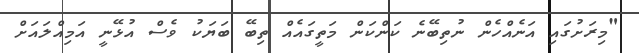
"މިރަށުގައި އަނެއްހެން ނުތިބޭނެ ކަންކަން މަތީގައެއް ތިބޭ ބަޔަކު ވެސް އުޅޭނީ އަމިއްލައަށް